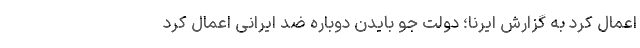
اعمال کرد به گزارش ایرنا؛ دولت جو بایدن دوباره ضد ایرانی اعمال کرد